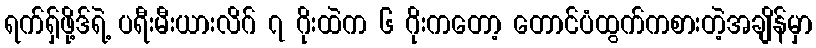
ရက်ရှ်ဖို့ဒ်ရဲ့ ပရီးမီးယားလိဂ် ၇ ဂိုးထဲက ၆ ဂိုးကတော့ တောင်ပံထွက်ကစားတဲ့အချိန်မှာ